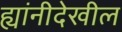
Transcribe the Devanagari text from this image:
ह्यांनीदेखील